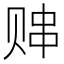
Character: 𬥸